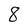
Character: 8